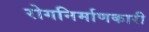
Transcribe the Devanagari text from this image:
रोगनिर्माणकारी